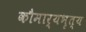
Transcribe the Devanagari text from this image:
कौमार्यभृत्य